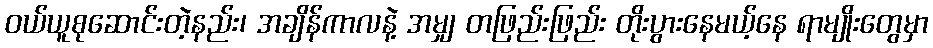
ဝယ်ယူစုဆောင်းတဲ့နည်း၊ အချိန်ကာလနဲ့ အမျှ တဖြည်းဖြည်း တိုးပွားနေမယ့်နေ ရာမျိုးတွေမှာ